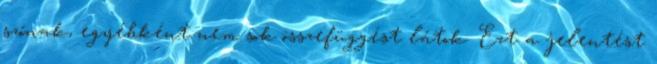
szónak, egyébként nem sok összefüggést látok. Ezt a jelentést